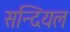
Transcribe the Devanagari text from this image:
सन्दियल